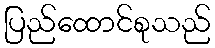
ပြည်ထောင်စုသည်